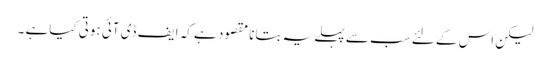
لیکن اس کے لئے سب سے پہلے یہ بتانا مقصود ہے کہ ایف ڈی آئی ہوتی کیاہے ۔